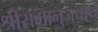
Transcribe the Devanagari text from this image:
श्रीरामानुजचार्य